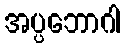
အပ္ပဘောဂါ